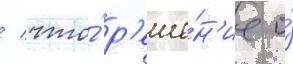
/ что́ р'еше́н'ие о́